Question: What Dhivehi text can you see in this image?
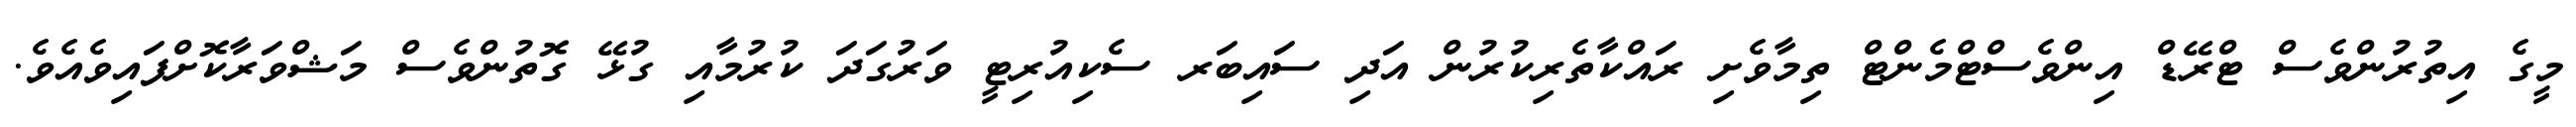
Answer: މީގެ އިތުރުންވެސް ޓްރޭޑް އިންވެސްޓްމެންޓް ތިމާވެށި ރައްކާތެރިކުރުން އަދި ސައިބަރ ސެކިއުރިޓީ ވަރުގަދަ ކުރުމާއި ގުޅޭ ގޮތުންވެސް މަޝްވަރާކޮށްފައިވެއެވެ.